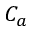
C _ { a }